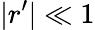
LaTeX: |r^{\prime}|\ll 1